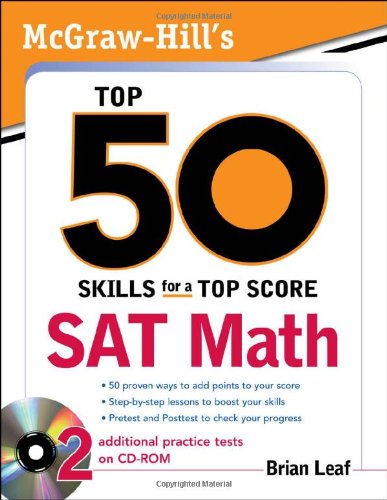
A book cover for McGraw-Hill's Top 50 Skills for a Top Score: SAT Math; Brian Leaf; Test Preparation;